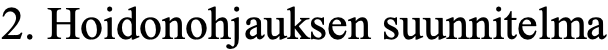
2. Hoidonohjauksen suunnitelma